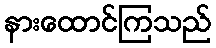
နားထောင်ကြသည်